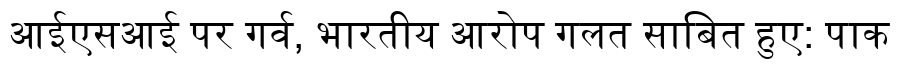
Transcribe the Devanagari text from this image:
आईएसआई पर गर्व, भारतीय आरोप गलत साबित हुए: पाक